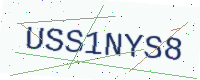
Text: USS1NYS8